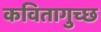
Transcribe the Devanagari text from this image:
कवितागुच्छ